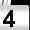
Digit: 4